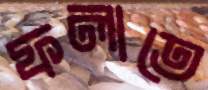
ফলাতে